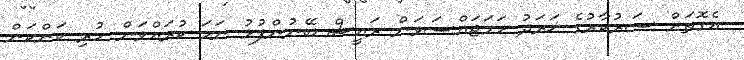
އެގޮތަށް ސަރުކާރުގެ ޚަރަދު ހަމަޖައްސަވަން ރައީސް ބޭނުންފުޅު ނަމަ ކުރައްވަން ހުރި ކަންކަން